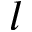
l